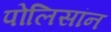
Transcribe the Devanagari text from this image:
पोलिसांन